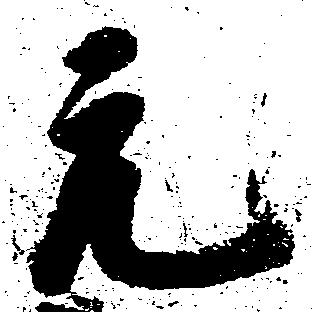
元